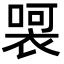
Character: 𭊀